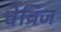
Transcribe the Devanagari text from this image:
वेब्रिज